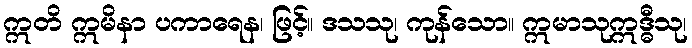
ဣတိ ဣမိနာ ပကာရေန၊ ဖြင့်။ ဒသသု၊ ကုန်သော။ ဣမာသုဣဒ္ဓီသု၊